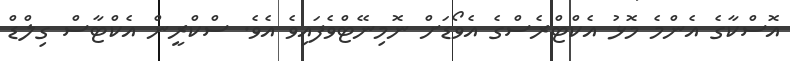
އޮސްކާގެ އެންމެ މޮޅު އެކްޓްރެސްގެ އެވޯޑަށް ނޮމިނޭޓްވެފައިވެ އެވެ. ސްކްރީން އެކްޓާސް ގިލްޑް